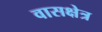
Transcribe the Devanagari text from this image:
वासक्षेत्र